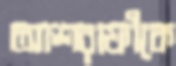
আশরাফীকে